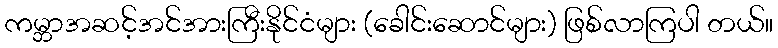
ကမ္ဘာအဆင့်အင်အားကြီးနိုင်ငံများ (ခေါင်းဆောင်များ) ဖြစ်လာကြပါ တယ်။